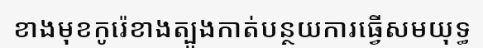
ខាងមុខកូរ៉េខាងត្បូងកាត់បន្ថយការធ្វើសមយុទ្ធ